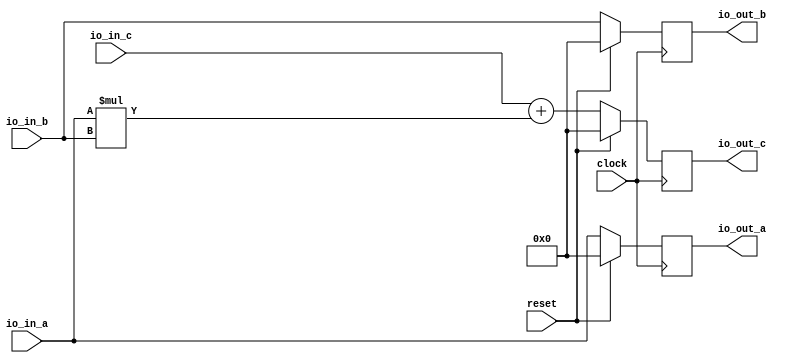
module PE(
  input         clock,
  input         reset,
  input  [31:0] io_in_a,
  input  [31:0] io_in_b,
  input  [31:0] io_in_c,
  output [31:0] io_out_a,
  output [31:0] io_out_b,
  output [31:0] io_out_c
);
  reg [31:0] a; // @[Systolic.scala 20:18]
  reg [31:0] _RAND_0;
  reg [31:0] b; // @[Systolic.scala 21:18]
  reg [31:0] _RAND_1;
  reg [31:0] c; // @[Systolic.scala 22:18]
  reg [31:0] _RAND_2;
  wire [63:0] _T; // @[Systolic.scala 25:27]
  wire [63:0] _GEN_0; // @[Systolic.scala 25:16]
  wire [63:0] _T_2; // @[Systolic.scala 25:16]
  assign _T = io_in_a * io_in_b; // @[Systolic.scala 25:27]
  assign _GEN_0 = {{32'd0}, io_in_c}; // @[Systolic.scala 25:16]
  assign _T_2 = _GEN_0 + _T; // @[Systolic.scala 25:16]
  assign io_out_a = a; // @[Systolic.scala 26:12]
  assign io_out_b = b; // @[Systolic.scala 27:12]
  assign io_out_c = c; // @[Systolic.scala 28:12]
`ifdef RANDOMIZE_GARBAGE_ASSIGN
`define RANDOMIZE
`endif
`ifdef RANDOMIZE_INVALID_ASSIGN
`define RANDOMIZE
`endif
`ifdef RANDOMIZE_REG_INIT
`define RANDOMIZE
`endif
`ifdef RANDOMIZE_MEM_INIT
`define RANDOMIZE
`endif
`ifndef RANDOM
`define RANDOM $random
`endif
`ifdef RANDOMIZE_MEM_INIT
  integer initvar;
`endif
`ifndef SYNTHESIS
initial begin
  `ifdef RANDOMIZE
    `ifdef INIT_RANDOM
      `INIT_RANDOM
    `endif
    `ifndef VERILATOR
      `ifdef RANDOMIZE_DELAY
        #`RANDOMIZE_DELAY begin end
      `else
        #0.002 begin end
      `endif
    `endif
  `ifdef RANDOMIZE_REG_INIT
  _RAND_0 = {1{`RANDOM}};
  a = _RAND_0[31:0];
  `endif // RANDOMIZE_REG_INIT
  `ifdef RANDOMIZE_REG_INIT
  _RAND_1 = {1{`RANDOM}};
  b = _RAND_1[31:0];
  `endif // RANDOMIZE_REG_INIT
  `ifdef RANDOMIZE_REG_INIT
  _RAND_2 = {1{`RANDOM}};
  c = _RAND_2[31:0];
  `endif // RANDOMIZE_REG_INIT
  `endif // RANDOMIZE
end // initial
`endif // SYNTHESIS
  always @(posedge clock) begin
    if (reset) begin
      a <= 32'h0;
    end else begin
      a <= io_in_a;
    end
    if (reset) begin
      b <= 32'h0;
    end else begin
      b <= io_in_b;
    end
    if (reset) begin
      c <= 32'h0;
    end else begin
      c <= _T_2[31:0];
    end
  end
endmodule
module SysArrayMM(
  input         clock,
  input         reset,
  input  [31:0] io_in_a_0,
  input  [31:0] io_in_a_1,
  input  [31:0] io_in_a_2,
  input  [31:0] io_in_b_0,
  input  [31:0] io_in_b_1,
  input  [31:0] io_in_b_2,
  output [31:0] io_out_c_0,
  output [31:0] io_out_c_1,
  output [31:0] io_out_c_2,
  output [31:0] io_out_c_3,
  output [31:0] io_out_c_4
);
  wire  pes_0_clock; // @[Systolic.scala 41:52]
  wire  pes_0_reset; // @[Systolic.scala 41:52]
  wire [31:0] pes_0_io_in_a; // @[Systolic.scala 41:52]
  wire [31:0] pes_0_io_in_b; // @[Systolic.scala 41:52]
  wire [31:0] pes_0_io_in_c; // @[Systolic.scala 41:52]
  wire [31:0] pes_0_io_out_a; // @[Systolic.scala 41:52]
  wire [31:0] pes_0_io_out_b; // @[Systolic.scala 41:52]
  wire [31:0] pes_0_io_out_c; // @[Systolic.scala 41:52]
  wire  pes_1_clock; // @[Systolic.scala 41:52]
  wire  pes_1_reset; // @[Systolic.scala 41:52]
  wire [31:0] pes_1_io_in_a; // @[Systolic.scala 41:52]
  wire [31:0] pes_1_io_in_b; // @[Systolic.scala 41:52]
  wire [31:0] pes_1_io_in_c; // @[Systolic.scala 41:52]
  wire [31:0] pes_1_io_out_a; // @[Systolic.scala 41:52]
  wire [31:0] pes_1_io_out_b; // @[Systolic.scala 41:52]
  wire [31:0] pes_1_io_out_c; // @[Systolic.scala 41:52]
  wire  pes_2_clock; // @[Systolic.scala 41:52]
  wire  pes_2_reset; // @[Systolic.scala 41:52]
  wire [31:0] pes_2_io_in_a; // @[Systolic.scala 41:52]
  wire [31:0] pes_2_io_in_b; // @[Systolic.scala 41:52]
  wire [31:0] pes_2_io_in_c; // @[Systolic.scala 41:52]
  wire [31:0] pes_2_io_out_a; // @[Systolic.scala 41:52]
  wire [31:0] pes_2_io_out_b; // @[Systolic.scala 41:52]
  wire [31:0] pes_2_io_out_c; // @[Systolic.scala 41:52]
  wire  pes_3_clock; // @[Systolic.scala 41:52]
  wire  pes_3_reset; // @[Systolic.scala 41:52]
  wire [31:0] pes_3_io_in_a; // @[Systolic.scala 41:52]
  wire [31:0] pes_3_io_in_b; // @[Systolic.scala 41:52]
  wire [31:0] pes_3_io_in_c; // @[Systolic.scala 41:52]
  wire [31:0] pes_3_io_out_a; // @[Systolic.scala 41:52]
  wire [31:0] pes_3_io_out_b; // @[Systolic.scala 41:52]
  wire [31:0] pes_3_io_out_c; // @[Systolic.scala 41:52]
  wire  pes_4_clock; // @[Systolic.scala 41:52]
  wire  pes_4_reset; // @[Systolic.scala 41:52]
  wire [31:0] pes_4_io_in_a; // @[Systolic.scala 41:52]
  wire [31:0] pes_4_io_in_b; // @[Systolic.scala 41:52]
  wire [31:0] pes_4_io_in_c; // @[Systolic.scala 41:52]
  wire [31:0] pes_4_io_out_a; // @[Systolic.scala 41:52]
  wire [31:0] pes_4_io_out_b; // @[Systolic.scala 41:52]
  wire [31:0] pes_4_io_out_c; // @[Systolic.scala 41:52]
  wire  pes_5_clock; // @[Systolic.scala 41:52]
  wire  pes_5_reset; // @[Systolic.scala 41:52]
  wire [31:0] pes_5_io_in_a; // @[Systolic.scala 41:52]
  wire [31:0] pes_5_io_in_b; // @[Systolic.scala 41:52]
  wire [31:0] pes_5_io_in_c; // @[Systolic.scala 41:52]
  wire [31:0] pes_5_io_out_a; // @[Systolic.scala 41:52]
  wire [31:0] pes_5_io_out_b; // @[Systolic.scala 41:52]
  wire [31:0] pes_5_io_out_c; // @[Systolic.scala 41:52]
  wire  pes_6_clock; // @[Systolic.scala 41:52]
  wire  pes_6_reset; // @[Systolic.scala 41:52]
  wire [31:0] pes_6_io_in_a; // @[Systolic.scala 41:52]
  wire [31:0] pes_6_io_in_b; // @[Systolic.scala 41:52]
  wire [31:0] pes_6_io_in_c; // @[Systolic.scala 41:52]
  wire [31:0] pes_6_io_out_a; // @[Systolic.scala 41:52]
  wire [31:0] pes_6_io_out_b; // @[Systolic.scala 41:52]
  wire [31:0] pes_6_io_out_c; // @[Systolic.scala 41:52]
  wire  pes_7_clock; // @[Systolic.scala 41:52]
  wire  pes_7_reset; // @[Systolic.scala 41:52]
  wire [31:0] pes_7_io_in_a; // @[Systolic.scala 41:52]
  wire [31:0] pes_7_io_in_b; // @[Systolic.scala 41:52]
  wire [31:0] pes_7_io_in_c; // @[Systolic.scala 41:52]
  wire [31:0] pes_7_io_out_a; // @[Systolic.scala 41:52]
  wire [31:0] pes_7_io_out_b; // @[Systolic.scala 41:52]
  wire [31:0] pes_7_io_out_c; // @[Systolic.scala 41:52]
  wire  pes_8_clock; // @[Systolic.scala 41:52]
  wire  pes_8_reset; // @[Systolic.scala 41:52]
  wire [31:0] pes_8_io_in_a; // @[Systolic.scala 41:52]
  wire [31:0] pes_8_io_in_b; // @[Systolic.scala 41:52]
  wire [31:0] pes_8_io_in_c; // @[Systolic.scala 41:52]
  wire [31:0] pes_8_io_out_a; // @[Systolic.scala 41:52]
  wire [31:0] pes_8_io_out_b; // @[Systolic.scala 41:52]
  wire [31:0] pes_8_io_out_c; // @[Systolic.scala 41:52]
  PE pes_0 ( // @[Systolic.scala 41:52]
    .clock(pes_0_clock),
    .reset(pes_0_reset),
    .io_in_a(pes_0_io_in_a),
    .io_in_b(pes_0_io_in_b),
    .io_in_c(pes_0_io_in_c),
    .io_out_a(pes_0_io_out_a),
    .io_out_b(pes_0_io_out_b),
    .io_out_c(pes_0_io_out_c)
  );
  PE pes_1 ( // @[Systolic.scala 41:52]
    .clock(pes_1_clock),
    .reset(pes_1_reset),
    .io_in_a(pes_1_io_in_a),
    .io_in_b(pes_1_io_in_b),
    .io_in_c(pes_1_io_in_c),
    .io_out_a(pes_1_io_out_a),
    .io_out_b(pes_1_io_out_b),
    .io_out_c(pes_1_io_out_c)
  );
  PE pes_2 ( // @[Systolic.scala 41:52]
    .clock(pes_2_clock),
    .reset(pes_2_reset),
    .io_in_a(pes_2_io_in_a),
    .io_in_b(pes_2_io_in_b),
    .io_in_c(pes_2_io_in_c),
    .io_out_a(pes_2_io_out_a),
    .io_out_b(pes_2_io_out_b),
    .io_out_c(pes_2_io_out_c)
  );
  PE pes_3 ( // @[Systolic.scala 41:52]
    .clock(pes_3_clock),
    .reset(pes_3_reset),
    .io_in_a(pes_3_io_in_a),
    .io_in_b(pes_3_io_in_b),
    .io_in_c(pes_3_io_in_c),
    .io_out_a(pes_3_io_out_a),
    .io_out_b(pes_3_io_out_b),
    .io_out_c(pes_3_io_out_c)
  );
  PE pes_4 ( // @[Systolic.scala 41:52]
    .clock(pes_4_clock),
    .reset(pes_4_reset),
    .io_in_a(pes_4_io_in_a),
    .io_in_b(pes_4_io_in_b),
    .io_in_c(pes_4_io_in_c),
    .io_out_a(pes_4_io_out_a),
    .io_out_b(pes_4_io_out_b),
    .io_out_c(pes_4_io_out_c)
  );
  PE pes_5 ( // @[Systolic.scala 41:52]
    .clock(pes_5_clock),
    .reset(pes_5_reset),
    .io_in_a(pes_5_io_in_a),
    .io_in_b(pes_5_io_in_b),
    .io_in_c(pes_5_io_in_c),
    .io_out_a(pes_5_io_out_a),
    .io_out_b(pes_5_io_out_b),
    .io_out_c(pes_5_io_out_c)
  );
  PE pes_6 ( // @[Systolic.scala 41:52]
    .clock(pes_6_clock),
    .reset(pes_6_reset),
    .io_in_a(pes_6_io_in_a),
    .io_in_b(pes_6_io_in_b),
    .io_in_c(pes_6_io_in_c),
    .io_out_a(pes_6_io_out_a),
    .io_out_b(pes_6_io_out_b),
    .io_out_c(pes_6_io_out_c)
  );
  PE pes_7 ( // @[Systolic.scala 41:52]
    .clock(pes_7_clock),
    .reset(pes_7_reset),
    .io_in_a(pes_7_io_in_a),
    .io_in_b(pes_7_io_in_b),
    .io_in_c(pes_7_io_in_c),
    .io_out_a(pes_7_io_out_a),
    .io_out_b(pes_7_io_out_b),
    .io_out_c(pes_7_io_out_c)
  );
  PE pes_8 ( // @[Systolic.scala 41:52]
    .clock(pes_8_clock),
    .reset(pes_8_reset),
    .io_in_a(pes_8_io_in_a),
    .io_in_b(pes_8_io_in_b),
    .io_in_c(pes_8_io_in_c),
    .io_out_a(pes_8_io_out_a),
    .io_out_b(pes_8_io_out_b),
    .io_out_c(pes_8_io_out_c)
  );
  assign io_out_c_0 = pes_6_io_out_c; // @[Systolic.scala 70:17]
  assign io_out_c_1 = pes_7_io_out_c; // @[Systolic.scala 70:17]
  assign io_out_c_2 = pes_8_io_out_c; // @[Systolic.scala 70:17]
  assign io_out_c_3 = pes_5_io_out_c; // @[Systolic.scala 83:39]
  assign io_out_c_4 = pes_2_io_out_c; // @[Systolic.scala 83:39]
  assign pes_0_clock = clock;
  assign pes_0_reset = reset;
  assign pes_0_io_in_a = io_in_a_0; // @[Systolic.scala 67:20]
  assign pes_0_io_in_b = io_in_b_0; // @[Systolic.scala 80:30]
  assign pes_0_io_in_c = 32'h0; // @[Systolic.scala 72:20 Systolic.scala 86:30]
  assign pes_1_clock = clock;
  assign pes_1_reset = reset;
  assign pes_1_io_in_a = io_in_a_1; // @[Systolic.scala 67:20]
  assign pes_1_io_in_b = pes_0_io_out_b; // @[Systolic.scala 57:34]
  assign pes_1_io_in_c = 32'h0; // @[Systolic.scala 72:20]
  assign pes_2_clock = clock;
  assign pes_2_reset = reset;
  assign pes_2_io_in_a = io_in_a_2; // @[Systolic.scala 67:20]
  assign pes_2_io_in_b = pes_1_io_out_b; // @[Systolic.scala 57:34]
  assign pes_2_io_in_c = 32'h0; // @[Systolic.scala 72:20]
  assign pes_3_clock = clock;
  assign pes_3_reset = reset;
  assign pes_3_io_in_a = pes_0_io_out_a; // @[Systolic.scala 53:34]
  assign pes_3_io_in_b = io_in_b_1; // @[Systolic.scala 80:30]
  assign pes_3_io_in_c = 32'h0; // @[Systolic.scala 86:30]
  assign pes_4_clock = clock;
  assign pes_4_reset = reset;
  assign pes_4_io_in_a = pes_1_io_out_a; // @[Systolic.scala 53:34]
  assign pes_4_io_in_b = pes_3_io_out_b; // @[Systolic.scala 57:34]
  assign pes_4_io_in_c = pes_0_io_out_c; // @[Systolic.scala 61:34]
  assign pes_5_clock = clock;
  assign pes_5_reset = reset;
  assign pes_5_io_in_a = pes_2_io_out_a; // @[Systolic.scala 53:34]
  assign pes_5_io_in_b = pes_4_io_out_b; // @[Systolic.scala 57:34]
  assign pes_5_io_in_c = pes_1_io_out_c; // @[Systolic.scala 61:34]
  assign pes_6_clock = clock;
  assign pes_6_reset = reset;
  assign pes_6_io_in_a = pes_3_io_out_a; // @[Systolic.scala 53:34]
  assign pes_6_io_in_b = io_in_b_2; // @[Systolic.scala 80:30]
  assign pes_6_io_in_c = 32'h0; // @[Systolic.scala 86:30]
  assign pes_7_clock = clock;
  assign pes_7_reset = reset;
  assign pes_7_io_in_a = pes_4_io_out_a; // @[Systolic.scala 53:34]
  assign pes_7_io_in_b = pes_6_io_out_b; // @[Systolic.scala 57:34]
  assign pes_7_io_in_c = pes_3_io_out_c; // @[Systolic.scala 61:34]
  assign pes_8_clock = clock;
  assign pes_8_reset = reset;
  assign pes_8_io_in_a = pes_5_io_out_a; // @[Systolic.scala 53:34]
  assign pes_8_io_in_b = pes_7_io_out_b; // @[Systolic.scala 57:34]
  assign pes_8_io_in_c = pes_4_io_out_c; // @[Systolic.scala 61:34]
endmodule